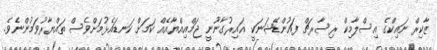
ޒާކިރް ނައިކްގެ އިސްލާމިކް ރިސާރޗް ފައުންޑޭޝަނަކީ ޣައިރުގާނޫނީ ޖަމްއިއްޔާއެއް ކަމަށް ކަނޑައެޅުމަށްވެސް ތައްޔާރުވަމުންނެވެ.